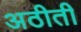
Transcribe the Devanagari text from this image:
अठीती